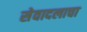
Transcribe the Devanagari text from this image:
सेवादलाचा